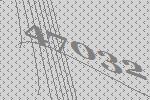
47032